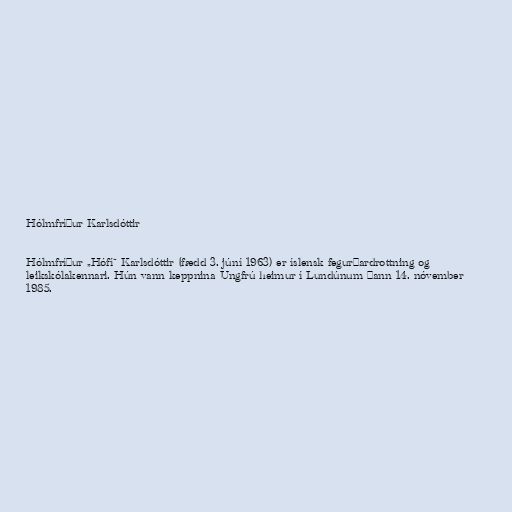
Hólmfríður Karlsdóttir

Hólmfríður „Hófí“ Karlsdóttir (fædd 3. júní 1963) er íslensk fegurðardrottning og
leikskólakennari. Hún vann keppnina Ungfrú heimur í Lundúnum þann 14. nóvember
1985.